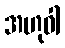
အဟုဝါ